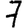
Digit: 7